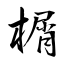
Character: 榍